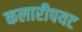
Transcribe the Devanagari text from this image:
कलारीपयट